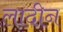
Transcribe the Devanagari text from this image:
लादीन